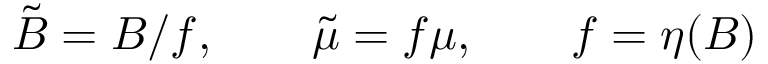
{ \tilde { B } } = B / f , \qquad { \tilde { \mu } } = f \mu , \qquad f = \eta ( B )